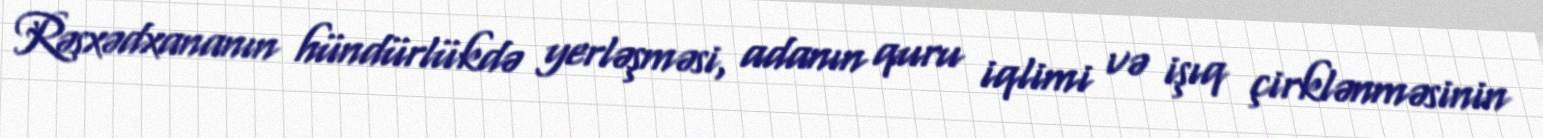
Rəsxədxananın hündürlükdə yerləşməsi, adanın quru iqlimi və işıq çirklənməsinin